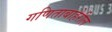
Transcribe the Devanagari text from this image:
गणिताबाहेरील